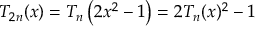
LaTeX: T _ { 2 n } ( x ) = T _ { n } \left( 2 x ^ { 2 } - 1 \right) = 2 T _ { n } ( x ) ^ { 2 } - 1